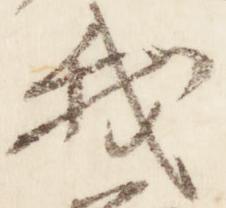
我